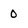
Character: 0